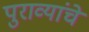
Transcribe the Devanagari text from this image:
पुराव्यांचे